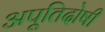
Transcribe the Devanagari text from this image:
अपूतिदोषी